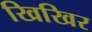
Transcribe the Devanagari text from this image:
खिखिर